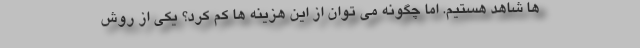
ها شاهد هستیم. اما چگونه می توان از این هزینه ها کم کرد؟ یکی از روش